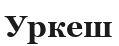
Уркеш